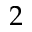
2